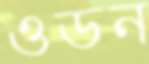
ওডন